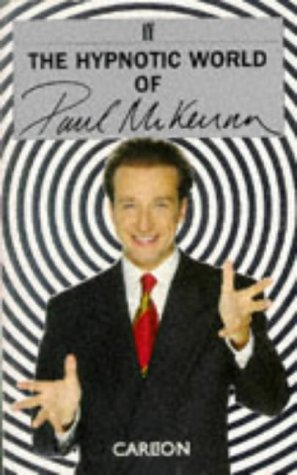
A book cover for The Hypnotic World of Paul McKenna; Paul McKenna; Self-Help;